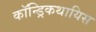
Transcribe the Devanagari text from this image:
कॉन्ड्रिकथायिस